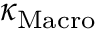
\kappa _ { \mathrm { M a c r o } }